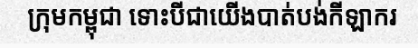
ក្រុមកម្ពុជា ទោះបីជាយើងបាត់បង់កីឡាករ